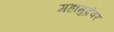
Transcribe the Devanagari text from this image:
महामुद्रेवर